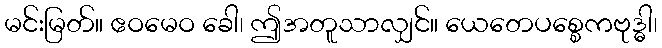
မင်းမြတ်။ ဧဝမေဝ ခေါ၊ ဤအတူသာလျှင်။ ယေတေပစ္စေကဗုဒ္ဓါ၊